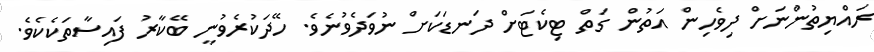
ރައްޔިތުންނަށް ދިވެހިން އަތުން ގަތް ޓިކެޓަށް ދަނޑަކަށް ނުވަދެވުނެވެ. ހޭދަކުރެވުނީ ބޭކާރު ފައިސާތަކެކެވެ.